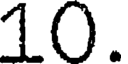
10.